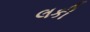
લકી